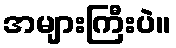
အများကြီးပဲ။